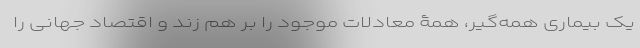
یک بیماری همه‌گیر، همۀ معادلات موجود را بر هم زند و اقتصاد جهانی را